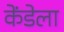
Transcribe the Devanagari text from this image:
केंडेला